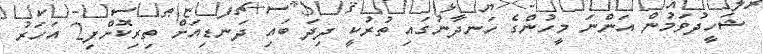
ޝަހީދުވަމުން އަންނަ މީހުންގެ ހަނދާނުގައި ތުރުކީ ދިދަ ބައި ދަނޑިއަށް ތިރިކޮށްފި2 އަހަރު